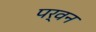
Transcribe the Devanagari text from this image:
पर्वन